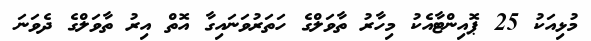
މުޅިއަކު 25 ޕޮއިންޓާއެކު މިހާރު ތާވަލްގެ ހަތަރުވަނައިގާ އޮތް އިރު ތާވަލްގެ ދެވަނަ